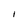
Character: I